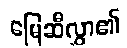
မြေဆီလွှာ၏